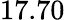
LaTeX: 17.70